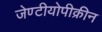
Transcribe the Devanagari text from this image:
जेण्टीयोपीक्रीन